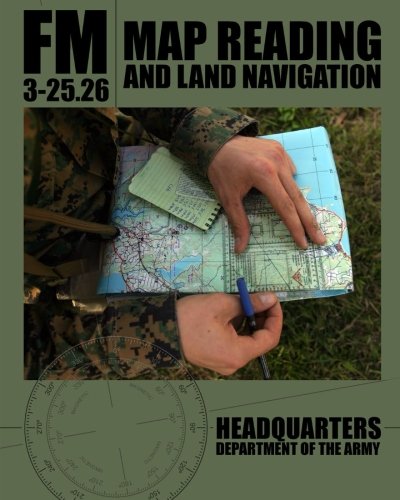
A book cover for Map Reading and Land Navigation: FM 3-25.26; Department of the Army; Test Preparation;